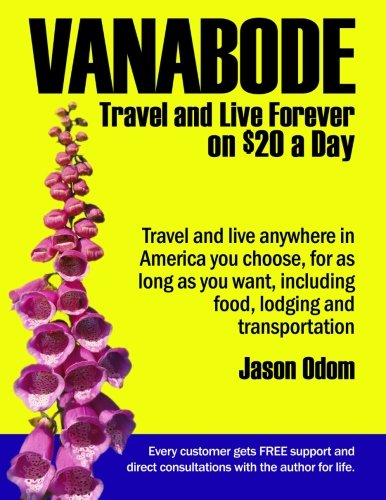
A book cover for Vanabode: travel and live forever on $20 a day; Jason Odom; Travel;